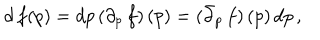
LaTeX: d \, f ( p ) = d p \, ( \partial _ { p } \, f ) \, ( p ) = ( \bar { \partial } _ { p } \, f ) \, ( p ) \, d p \, ,